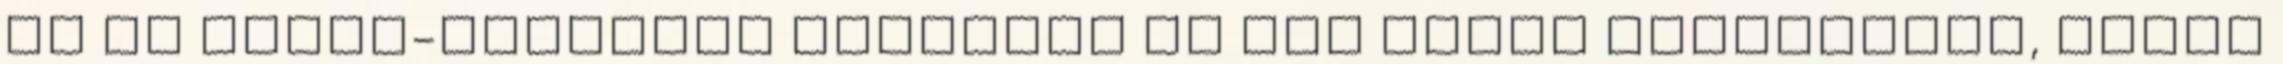
és az angol-tilalmam ellenére is úgy fogok elköszönni, ahogy